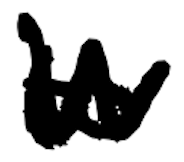
Text: to
Cross-out: zig-zag
Writing tool: digital_black